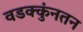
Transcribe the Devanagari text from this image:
वडक्कुंनतन